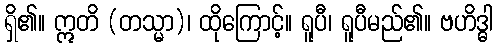
ရှိ၏။ ဣတိ (တသ္မာ)၊ ထိုကြောင့်။ ရူပီ၊ ရူပီမည်၏။ ဗဟိဒ္ဓါ